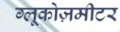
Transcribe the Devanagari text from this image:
ग्लूकोज़मीटर